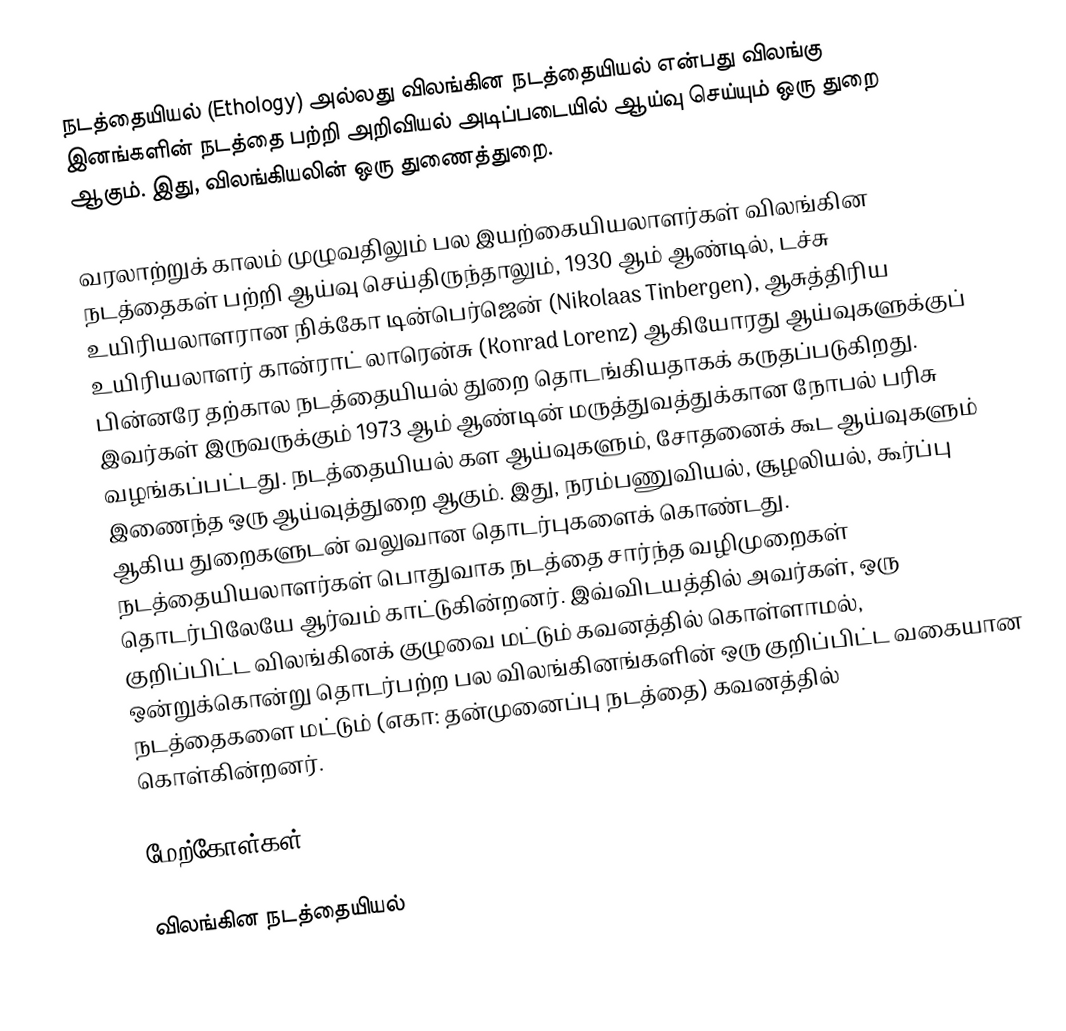
நடத்தையியல் (Ethology) அல்லது விலங்கின நடத்தையியல் என்பது விலங்கு இனங்களின் நடத்தை பற்றி அறிவியல் அடிப்படையில் ஆய்வு செய்யும் ஒரு துறை ஆகும். இது, விலங்கியலின் ஒரு துணைத்துறை.

வரலாற்றுக் காலம் முழுவதிலும் பல இயற்கையியலாளர்கள் விலங்கின நடத்தைகள் பற்றி ஆய்வு செய்திருந்தாலும், 1930 ஆம் ஆண்டில், டச்சு உயிரியலாளரான நிக்கோ டின்பெர்ஜென் (Nikolaas Tinbergen), ஆசுத்திரிய உயிரியலாளர் கான்ராட் லாரென்சு (Konrad Lorenz) ஆகியோரது ஆய்வுகளுக்குப் பின்னரே தற்கால நடத்தையியல் துறை தொடங்கியதாகக் கருதப்படுகிறது. இவர்கள் இருவருக்கும் 1973 ஆம் ஆண்டின் மருத்துவத்துக்கான நோபல் பரிசு வழங்கப்பட்டது. நடத்தையியல் கள ஆய்வுகளும், சோதனைக் கூட ஆய்வுகளும் இணைந்த ஒரு ஆய்வுத்துறை ஆகும். இது, நரம்பணுவியல், சூழலியல், கூர்ப்பு ஆகிய துறைகளுடன் வலுவான தொடர்புகளைக் கொண்டது. நடத்தையியலாளர்கள் பொதுவாக நடத்தை சார்ந்த வழிமுறைகள் தொடர்பிலேயே ஆர்வம் காட்டுகின்றனர். இவ்விடயத்தில் அவர்கள், ஒரு குறிப்பிட்ட விலங்கினக் குழுவை மட்டும் கவனத்தில் கொள்ளாமல், ஒன்றுக்கொன்று தொடர்பற்ற பல விலங்கினங்களின் ஒரு குறிப்பிட்ட வகையான நடத்தைகளை மட்டும் (எகா: தன்முனைப்பு நடத்தை) கவனத்தில் கொள்கின்றனர்.

மேற்கோள்கள்

விலங்கின நடத்தையியல்